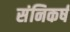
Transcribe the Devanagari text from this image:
संनिकर्ष